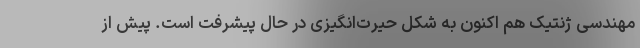
مهندسی ژنتیک هم اکنون به شکل حیرت‌انگیزی در حال پیشرفت است. پیش‌ از